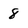
Character: 8